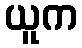
ယူက